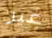
غير